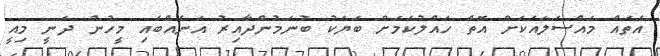
އެތައް މައްސަލައަކަށް އޮތް ހައްލުކަމަށް ބަޔަކު ބުނަމުންދާއިރު އަނެއްބައި މީހުން ދަނީ މިއީ